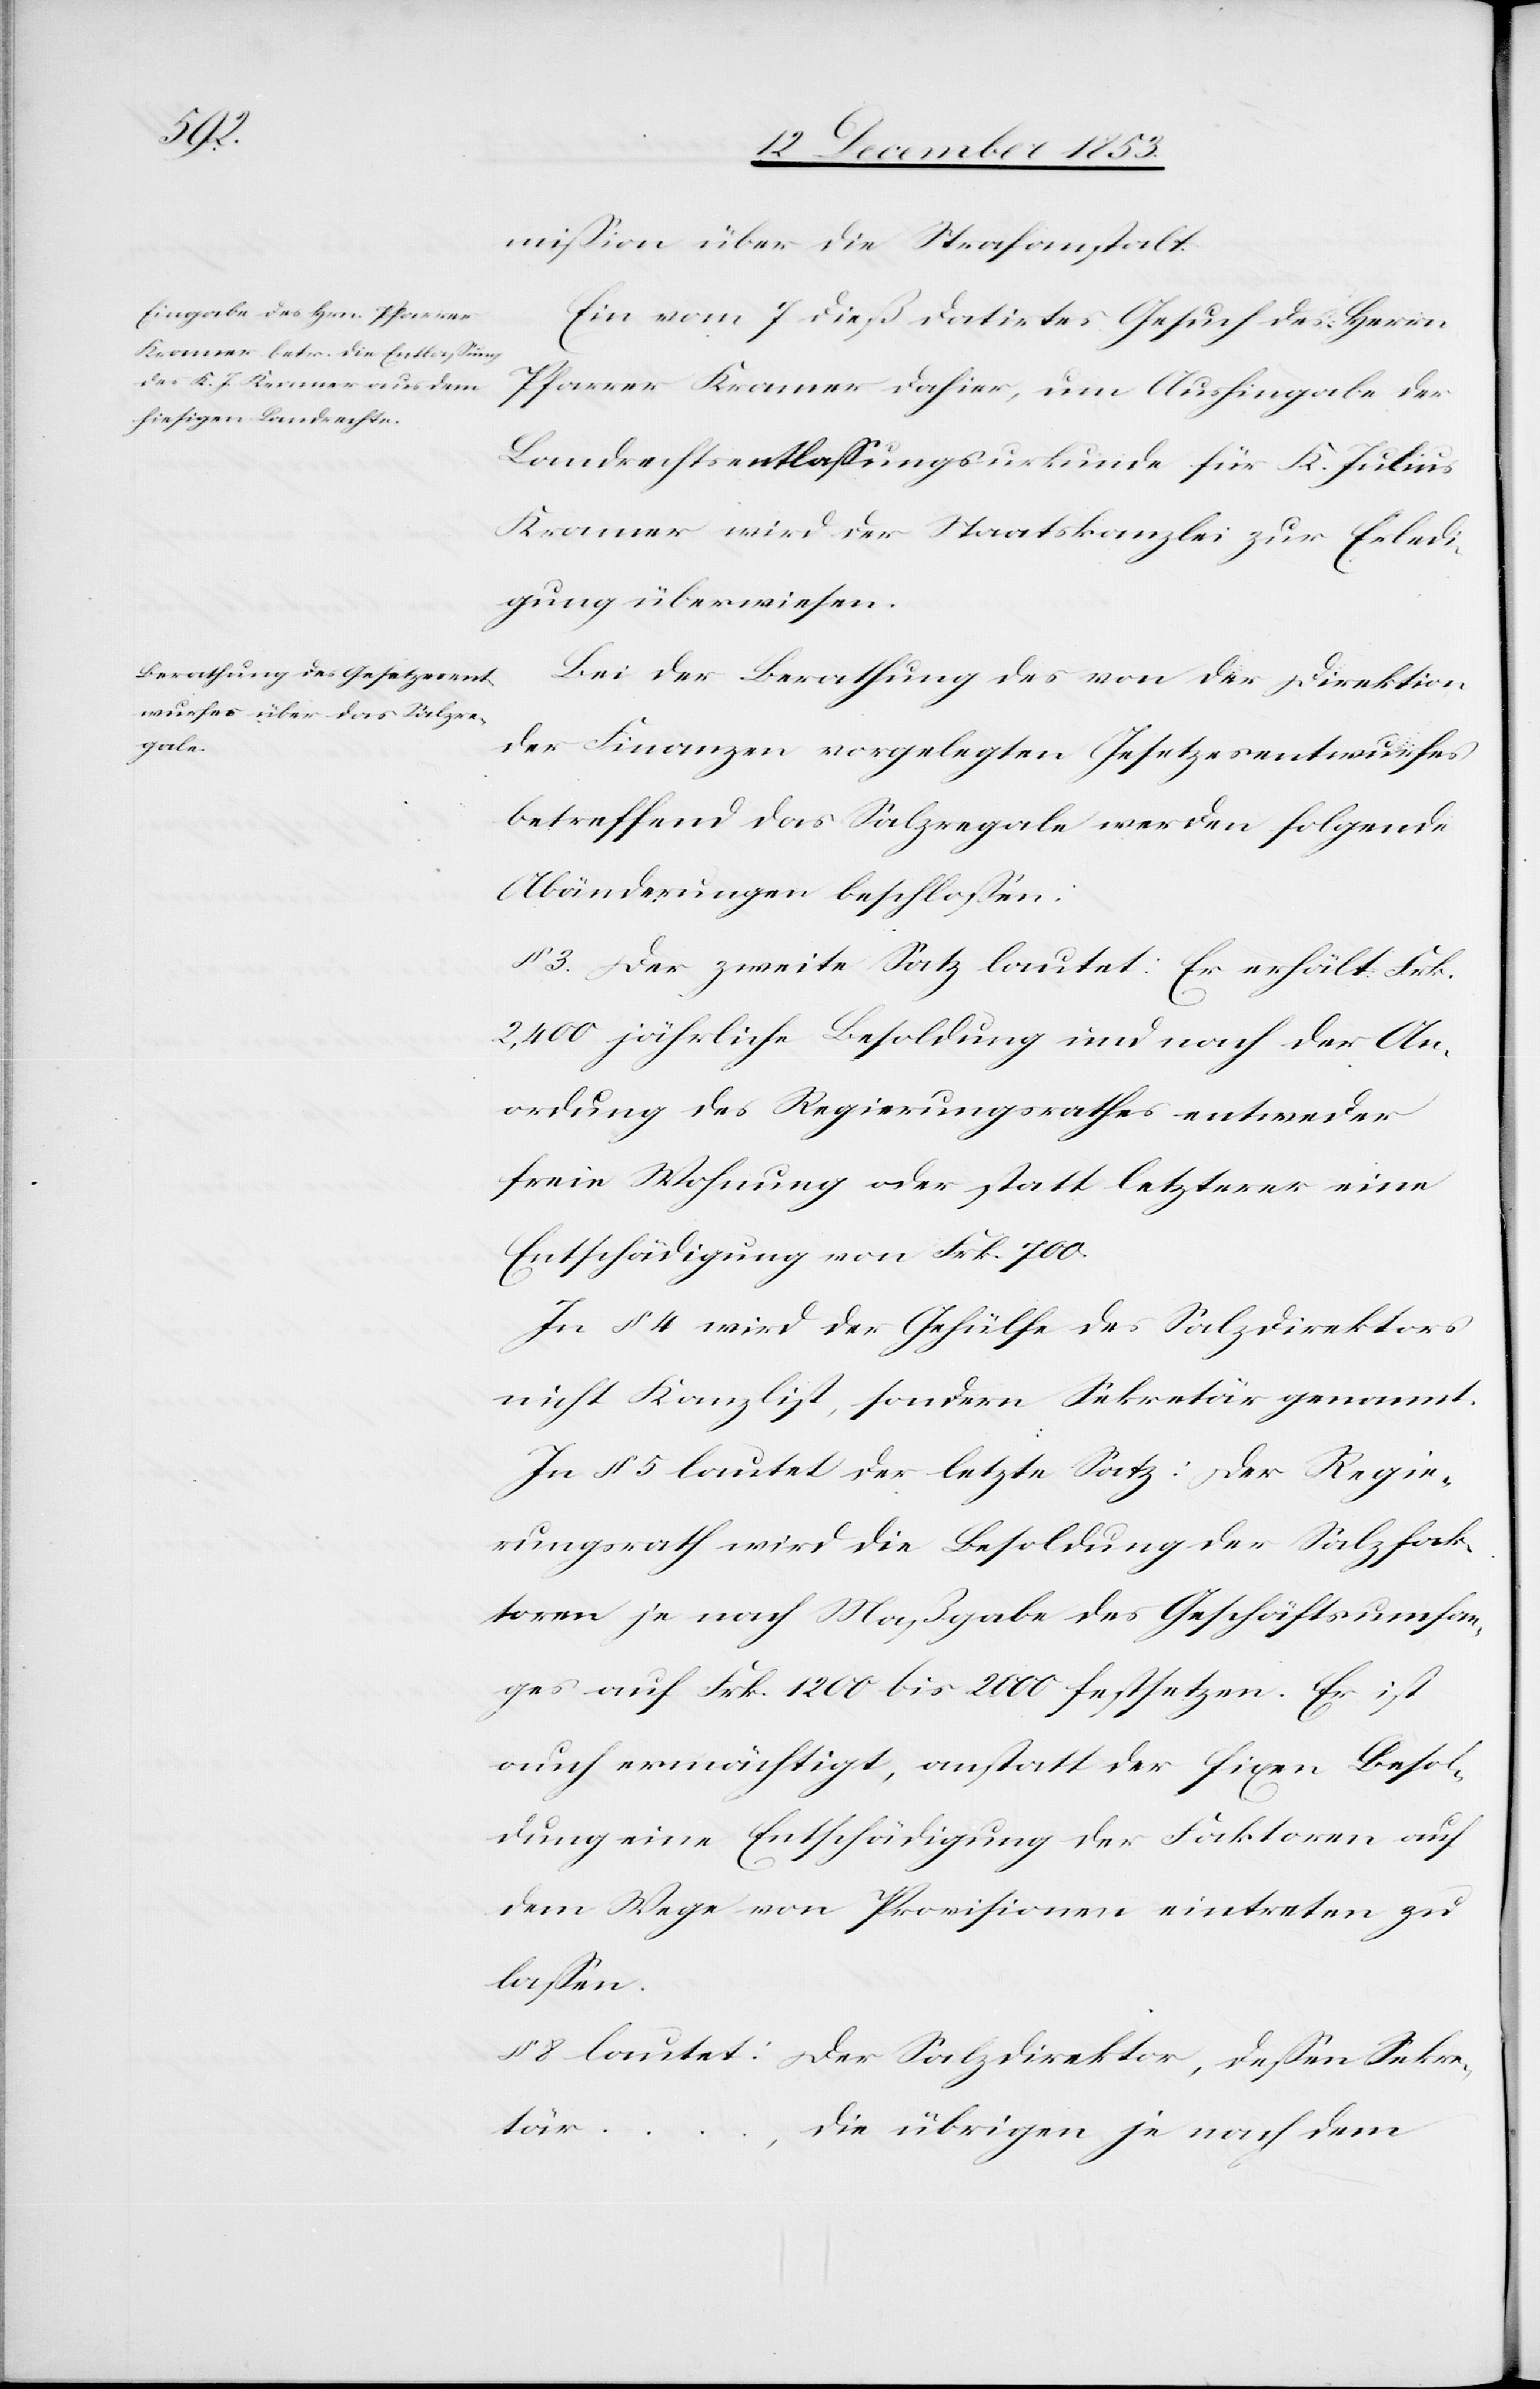
mißion über die Strafanstalt.
Ein vom 7 dieß datirtes Gesuch des Herrn
Pfarrer Kramer dahier, um Aushingabe der
Landrechtsentlaßungsurkunde für K. Julius
Kramer wird der Staatskanzlei zur Erledi¬
gung überwiesen.
Bei der Berathung des von der Direktion
der Finanzen vorgelegten Gesetzesentwurfes
betreffend das Salzregale werden folgende
Abänderungen beschloßen:
§ 3. Der zweite Satz lautet: Er erhält Frk.
2,400 jährliche Besoldung und nach der An¬
ordnung des Regierungsrathes entweder
freie Wohnungoder statt letzterer eine
Entschädigung von Frk. 700.
In § 4 wird der Gehülfe des Salzdirektors
nicht Kanzlist, sondern Sekretär genannt.
In § 5 lautet der letzte Satz: Der Regie¬
rungsrath wird die Besoldung der Salzfak¬
toren je nach Maßgabe des Geschäftsumfan¬
ges auf Frk. 1200 bis 2000 festsetzen. Er ist
auch ermächtigt, anstatt der fixen Besol¬
dung eine Entschädigung der Faktoren auf
dem Wege von Provisionen eintreten zu
laßen.
§ 8 lautet: Der Salzdirektor, deßen Sekre¬
tär…,
die übrigen je nach dem